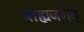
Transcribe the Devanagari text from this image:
बाह्यजगत्